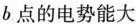
b点的电势能大